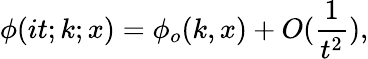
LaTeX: \phi(it;k;x)=\phi_{o}(k,x)+O(\frac{1}{t^{2}}),